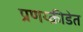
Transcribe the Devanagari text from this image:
प्रणय्क्रीडेत